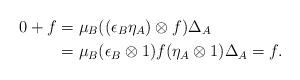
LaTeX: \begin{align*} 0+f &= \mu_B ((\epsilon_B \eta_A) \otimes f) \Delta_A \\ &= \mu_B (\epsilon_B \otimes 1) f (\eta_A \otimes 1) \Delta_A = f.\end{align*}